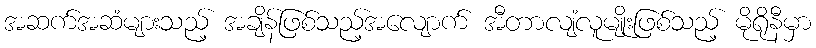
အဆက်အဆံများသည့် အချိန်ဖြစ်သည့်အလျောက် အီတာလျံလူမျိုးဖြစ်သည့် မိုရိုနီမှာ